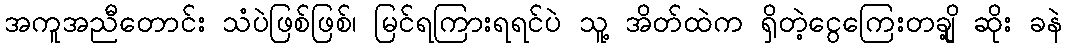
အကူအညီတောင်း သံပဲဖြစ်ဖြစ်၊ မြင်ရကြားရရင်ပဲ သူ့ အိတ်ထဲက ရှိတဲ့ငွေကြေးတချို့ ဆိုး ခနဲ